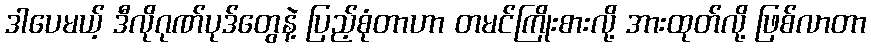
ဒါပေမယ့် ဒီလိုဂုဏ်ပုဒ်တွေနဲ့ ပြည့်စုံတာဟာ တမင်ကြိုးစားလို့ အားထုတ်လို့ ဖြစ်လာတာ